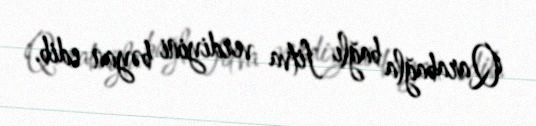
Qarabağla bağlı fitva verdiyini bəyan edib.